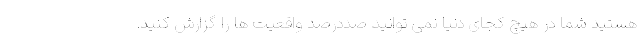
هستید شما در هیچ کجای دنیا نمی توانید صددرصد واقعیت ها را گزارش کنید.